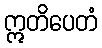
ဣတိပေတံ